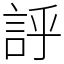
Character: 𧦝